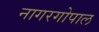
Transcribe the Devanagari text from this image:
नागरगोपाल